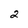
Character: 2